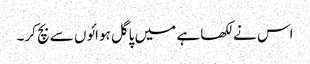
اس نے لکھا ہے میں پاگل ہوائوں سے بچ کر۔